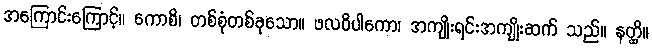
အကြောင်းကြောင့်။ ကောစိ၊ တစ်စုံတစ်ခုသော။ ဖလဝိပါကော၊ အကျိုးရင်းအကျိုးဆက် သည်။ နတ္ထိ။